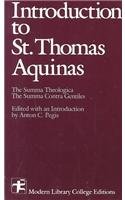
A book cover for Introduction To Saint Thomas Aquinas; Thomas Aquinas; Politics & Social Sciences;